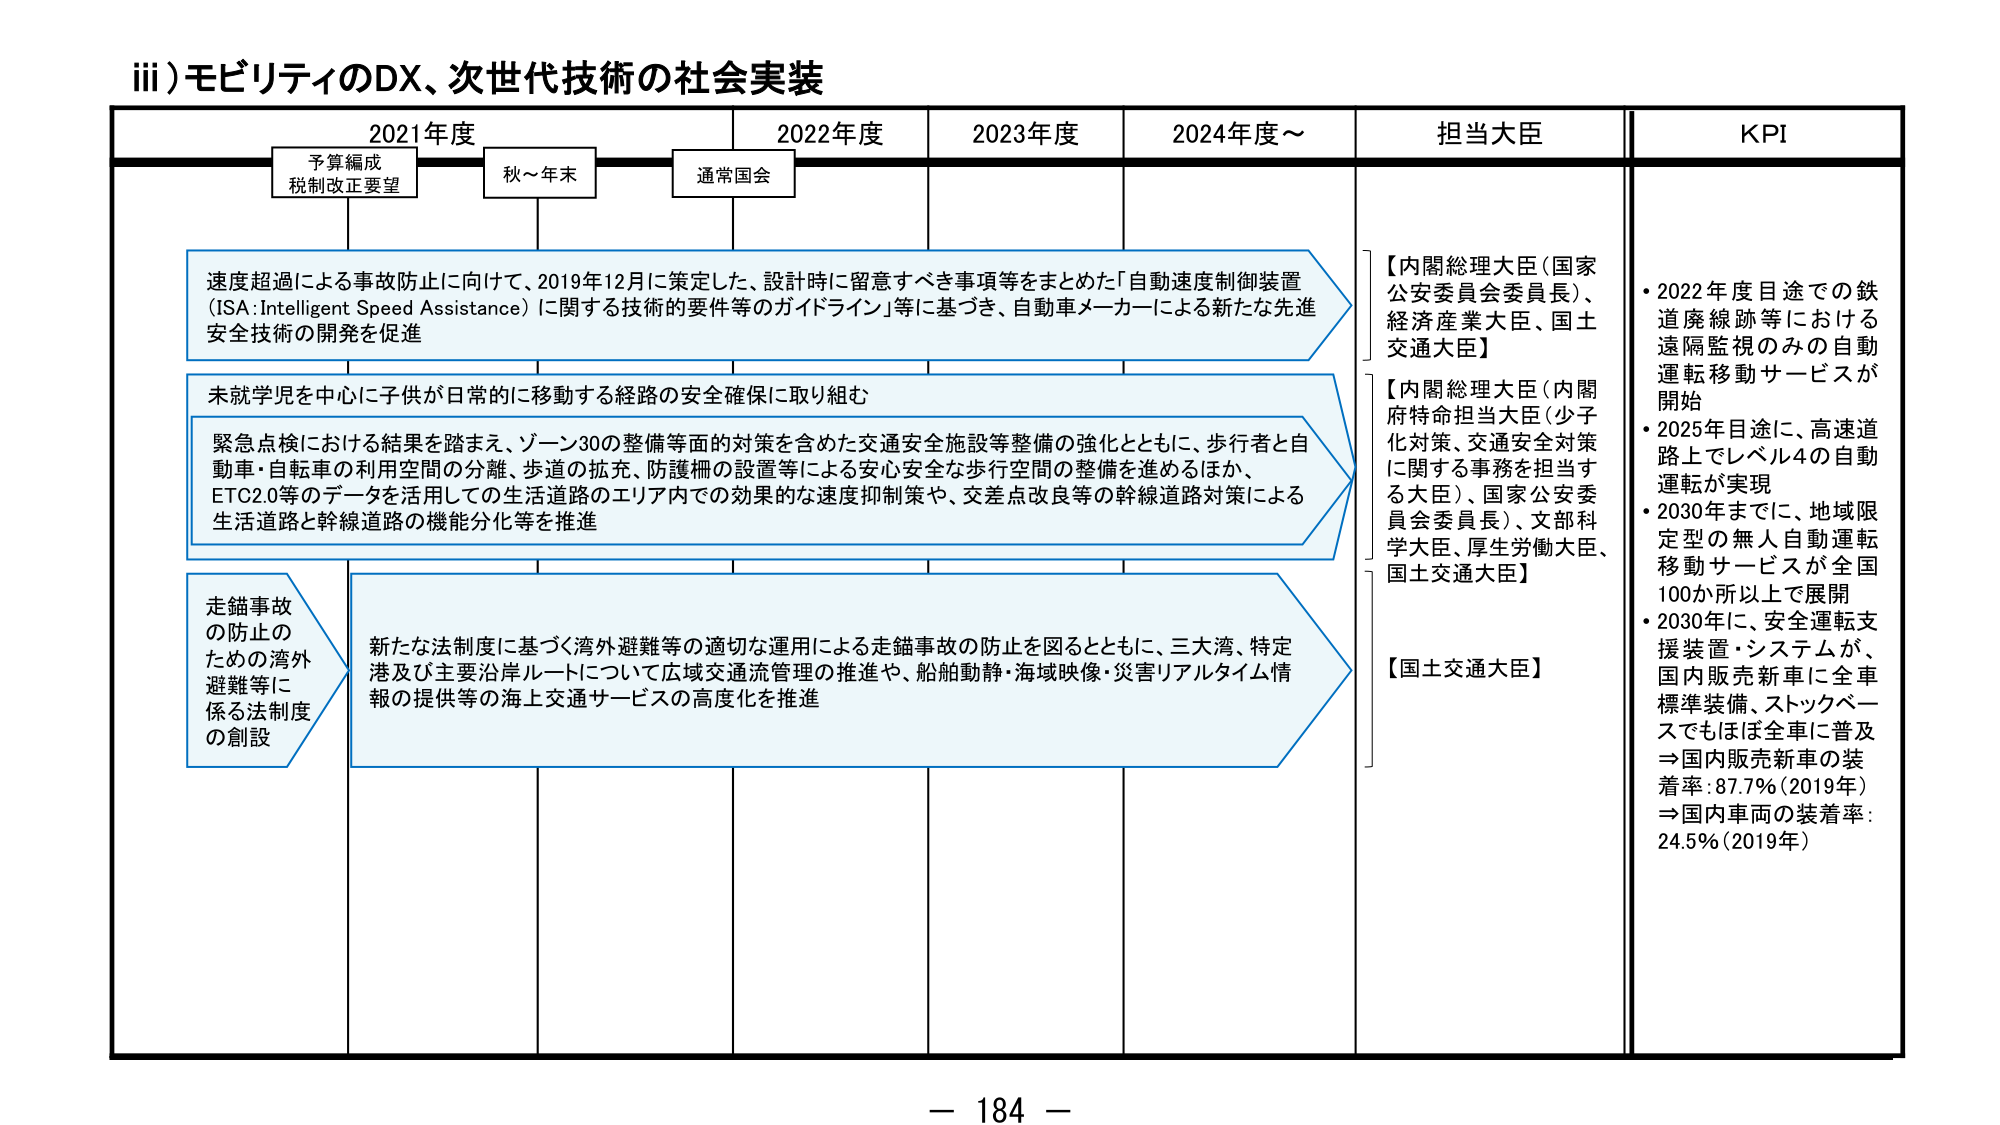
iii) モビリティのDX、次世代技術の社会実装

2021年度　　　　　2022年度　　　　　2023年度　　　　　2024年度～　　　　　担当大臣　　　　　KPI

予算編成